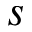
s